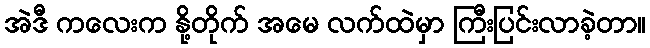
အဲဒီ ကလေးက နို့တိုက် အမေ လက်ထဲမှာ ကြီးပြင်းလာခဲ့တာ။